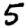
Digit: 5